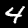
Digit: 4